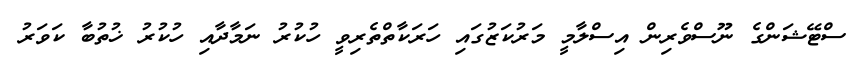
ސްޓޭޝަންގެ ނޫސްވެރިން އިސްލާމީ މަރުކަޒުގައި ހަރަކާތްތެރިވީ ހުކުރު ނަމާދާއި ހުކުރު ޚުތުބާ ކަވަރު